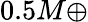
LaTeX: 0.5M\oplus